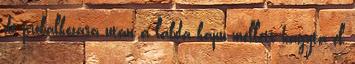
de próbálkozása után a labda kapu mellett hagyta el